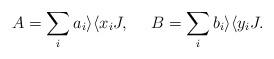
LaTeX: \begin{align*}A= \sum_i a_i\rangle \langle x_iJ,\ \ \ \ B=\sum_i b_i\rangle\langle y_iJ.\end{align*}